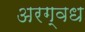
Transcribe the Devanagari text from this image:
अरग्वध